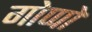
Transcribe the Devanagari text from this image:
गोप्पो